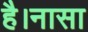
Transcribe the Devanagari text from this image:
है।नासा